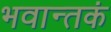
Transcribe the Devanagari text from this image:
भवान्तकं